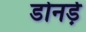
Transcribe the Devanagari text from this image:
डोनर्ड़